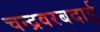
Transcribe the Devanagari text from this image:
चन्द्रवरबदाई